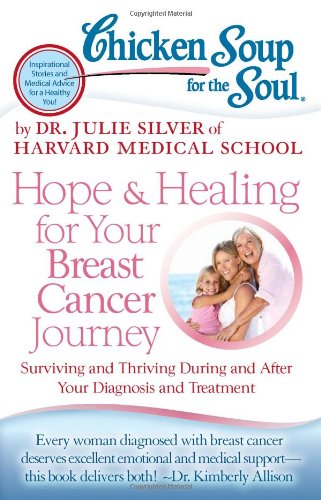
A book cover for Chicken Soup for the Soul: Hope & Healing for Your Breast Cancer Journey: Surviving and Thriving During and After Your Diagnosis and Treatment; Dr. Julie Silver; Health, Fitness & Dieting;